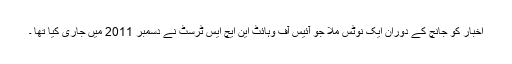
اخبار کو جانچ کے دوران ایک نوٹس ملا جو آئیس آف وہائٹ این ایچ ایس ٹرسٹ نے دسمبر 2011 میں جاری کیا تھا ۔